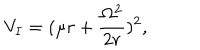
LaTeX: V _ { I } = ( \mu r + \frac { \Omega ^ { 2 } } { 2 r } ) ^ { 2 } ,